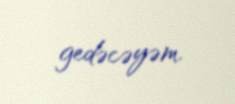
gedəcəyəm.